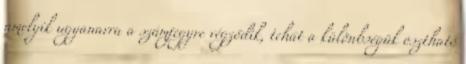
amelyik ugyanarra a számjegyre végződik, tehát a különbségük osztható